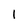
Character: 1